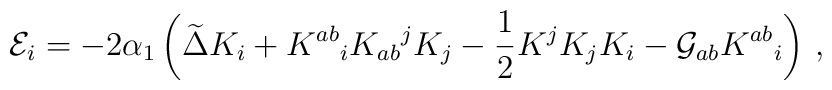
{\cal E}_i =  - 2 \alpha_1 \left( \widetilde{\Delta} K_i +K^{a b}{}_i K_{a b}{}^j K_j - {1 \over 2} K^j K_j K_i - {\cal G}_{ab} K^{ab}{}_i \right) \,,